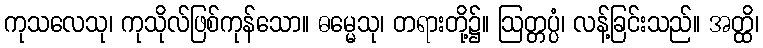
ကုသလေသု၊ ကုသိုလ်ဖြစ်ကုန်သော။ ဓမ္မေသု၊ တရားတို့၌။ ဩတ္တပ္ပံ၊ လန့်ခြင်းသည်။ အတ္ထိ၊